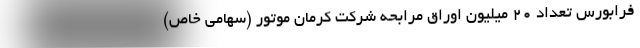
فرابورس تعداد 20 میلیون اوراق مرابحه شرکت کرمان موتور (سهامی خاص)